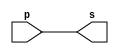

 // ------------------------- 
// Exemplo0001 - buffer 
// Nome: Gustavo Jota Resende 
// ------------------------- 
// ------------------------- 
// -- buffer 
// ------------------------- 
module buffer (output s, input p); 
assign s = p; // criar vinculo permanente 
// (dependencia) 
endmodule // buffer 
// ------------------------- 
// -- test buffer 
// ------------------------- 
module testbuffer; 
// ------------------------- dados locais 
reg a; // definir registrador 
// (variavel independente) 
wire s; // definir conexao (fio) 
// (variavel dependente ) 
// ------------------------- instancia 
buffer BF1 (s, a); 
// ------------------------- preparacao 
initial begin:start 
a=0; 
end 
// ------------------------- parte principal 
initial begin:main 
// execucao unitaria 
$display("Exemplo 0001 - Gustavo Jota Resende - 427413"); 
$display("Test buffer:"); 
$display("\t time\ta = s"); 
// execucao permanente 
$monitor("%d\t%b = %b", $time, a, s); 
// apos uma unidade de tempo 
// mudar valor do registrador para 0 
#1 a=1; 
// apos duas unidades de tempo 
// mudar valor do registrador para 1 
#2 a=0; 
end 
endmodule // testbuffer 
// Versao Data Modificacao 
// 0.1 03/08 esboco 
// 
// ---------------------------------------------- testes 

// 
// Versao Teste 
// 0.1 01. ( OK ) identificacao de programa 
// Resultados: 0=0, 1=1, 0=0